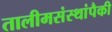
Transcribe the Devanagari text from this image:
तालीमसंस्थांपैकी